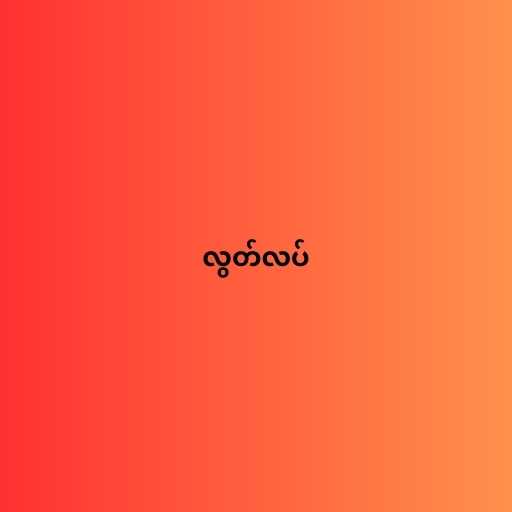
လွတ်လပ်